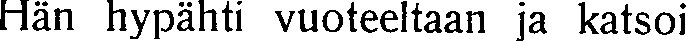
Hän hypähti vuoteeltaan ja katsoi